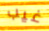
غيب